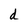
Character: d